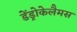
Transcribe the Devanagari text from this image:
डेंड्रोकेलैमस